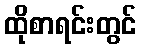
ထိုစာရင်းတွင်